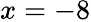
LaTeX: x=-8